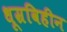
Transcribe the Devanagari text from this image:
धूम्रविहीन